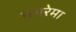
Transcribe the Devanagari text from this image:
नगरेमा